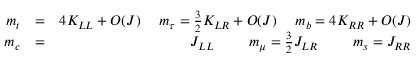
\begin{array} { r l r } { m _ { t } } & { = } & { 4 K _ { L L } + O ( J ) \, \; \; \; \; m _ { \tau } = \frac { 3 } { 2 } K _ { L R } + O ( J ) \, \; \; \; \; m _ { b } = 4 K _ { R R } + O ( J ) } \\ { m _ { c } } & { = } & { J _ { L L } \, \; \; \; \; \; \; \; \; m _ { \mu } = \frac { 3 } { 2 } J _ { L R } \, \; \; \; \; \; \; \; \; m _ { s } = J _ { R R } } \end{array}